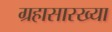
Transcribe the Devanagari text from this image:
ग्रहासारख्या